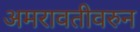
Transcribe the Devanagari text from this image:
अमरावतीवरुन